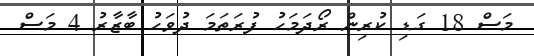
މަސް 18 ގަޑި ކުރިން ރޯދަމަހު ފުރަތަމަ ދުވަހު ބާޒާރު 4 މަސް